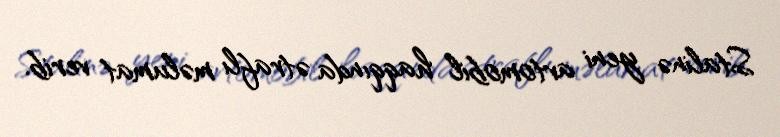
Stalinə yeni avtomobil haqqında ətraflı məlumat verib.